Vital statistics of India. Vol. VI, European troops 1870-79
Year: 1870
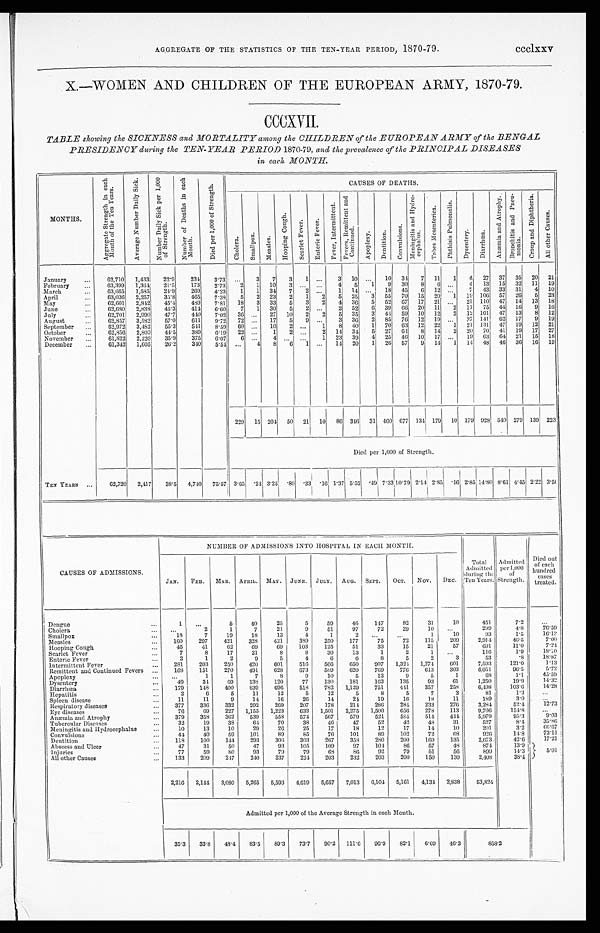
AGGREGATE OF THE STATISTICS OF THE TEN-YEAR PERIOD, 1870-79. ccclxxv
X.—WOMEN AND CHILDREN OF THE EUROPEAN ARMY, 1870-79.
CCCXVII.
TABLE showing the SICKNESS and MORTALITY among the CHILDREN of the EUROPEAN ARMY of the BENGAL
PRESIDENCY during the TEN-YEAR PERIOD 1870-79, and the prevalence of the PRINCIPAL DISEASES
in each MONTH.
MONTHS.
A g g r e g a t e S t r e n g t h i n e a c h M o n t h o f t h e T e n Y e a r s .
A v e r a g e N u m b e r D a i l y S i c k .
N u m b e r D a i l y S i c k p e r 1 , 0 0 0 o f S t r e n g t h .
N u m b e r o f D e a t h s i n e a c h M o n t h .
D i e d p e r 1 , 0 0 0 o f S t r e n g t h .
CAUSES OF DEATHS.
C h o l e r a .
S m a l l p o x . M e a s l e s .
H o o p i n g C o u g h .
S c a r l e t F e v e r .
E n t e r i c F e v e r .
F e v e r , I n t e r m i t t e n t .
F e v e r s , R e m i t t e n t a n d C o n t i n u e d .
A p o p l e x y .
D e n t i t i o n .
C o n v u l s i o n s .
M e n i n g i t i s a n d H y d r o - c e p h a l u s .
T a b e s M e s e n t e r i c a .
P h t h i s i s P u l m o n a l i s .
D y s e n t e r y .
D i a r r h œ a . A n æ m i a a n d A t r o p h y .
B r o n c h i t i s a n d P n e u - m o n i a .
C r o u p a n d D i p h t h e r i a .
A l l o t h e r C a u s e s .
January
...
62,710 1,433 22.9
234 3.73 ...
3 7 3 1 ...
3 10 ... 10 34 7 11 1 4 27 37 35 20 21
February
...
63,399 1,364 21.5
173 2.73 2 1 10 3 ...
. . . 4 5 1 9 3 0 8 6 ... 4 13 15 32 11 19
March
...
63,665 1,585 24.9
269 4.23 1 1 34 7 2 ...
1 14 ... 18 45 6 12 ... 7 43 33 31 4 10
April
...
63,036 2,257 35.8
465 7.38 5 2 23 2 1 2 5 25 3 55 70 15 20 1 19 106 57 26 5 23
May
...
62,601 2,842 45.4
489 7.81 18 3 33 5 3 2 4 36 5 52 67 17 21 ... 21 110 47 14 13 18
June
...
62,680 2,838 45.3
414 6.60 7 1 30 5 2 ...
2 52 6 39 66 20 11 2 11 75 44 16
9 16
July
...
62,701 2,990 47.7
440 7.02 36 ... 27 10 2 2 5 35 3 44 59 10 12 2 12 101 47 13 8 12
August
. . . 62,857 3,582 57.0
611 9.72 72 ... 17 5 9 ...
3 36 2 85 76 12 19 ... 27 141 62 17 9 19
September
. . . 62,972 3,482 55.3
541 8.59 60 ... 10 2 ...
1 8 40 1 70 63 12 22 1 21 131 47 19 12 21
October
...
62,856 2,800 44.5
389 6.19 22 ...
1 2 ...
2 14 34 5 27 64 8 14 2 20 70 41 19 17 27
November ...
61,822 2,220 35.9
375 6.07 6 ...
4 ...
. . . 1 23 39 4 25 46 10 17 ... 19 63 64
2 1 15 18
December ...
61,342 1,605 26.2
340 5.54 ...
4 8 6 1 ... 14 20 1 26 57
9 14 1 14 48
46
3 6 1 6 19
229 15 204 50 21 10 86 346 31 460 677 134 179 10 179 928 540 279 139 223
Died per 1,000 of Strength.
TEN YEARS ...
62,720 2,417 38.5 4,740 75.57 3.65.24 3.25.80 .33.16 1.37 5.52.49
7 . 3 3 10.79 2.14 2.85 .16
2 . 8 5
14.80 8. 61 4.45 2.22 3.5
NUMBER OF ADMISSIONS INTO HOSPITAL IN EACH MONTH.
Total
Admitted
duri ng t he Ten Years. A d m i t t e d
p e r 1 , 0 0 0
o f
Strength.
Died out
of
each hundred
cases
treated.
CAUSES OF ADMISSIONS.
JAN. FEB. MAR. APRIL. MAY. JUNE. JULY. AUG. SEPT. OCT. NOV. DEC.
Dengue
...
1 . . .
5
40
25
5
59
46 147
82
31
10
451
7.2
...
Cholera
... ...
2
1
7
21
9
51
97
72
29
10 ...
299
4.8
76.59
Smallpox
...
18
7
19
18
13
4
1
2
. . . ...
1
10
93
1.5
1 6 . 1 3
Measles
. . . 160
297
421
328
421
389
250
177
75
72
115 209
2,914
46.5
7.00
Hooping Cough
...
45
41
62
69
69
103
125
51
33
15
21
57
691
11.0
7. 24
Scarlet Fever
...
7
8
17
21
8
8
30
13
1
2
1 ...
116
1.9
18.10
Enteric Fever
...
2
1
2
9
5
4
6
6
8
5
2
3
53
. 8
18.87
Intermittent Fever
...
281 203
250 420
601
516 566 650
907 1,324 1,274 601
7,593
121.0
1.13
Remittent and Continued Fevers ...
168
151
270
491
628
673
589
620
769
776
613 303
6,051
96.5
5.72
Apoplexy
... ...
1
1
7
8
9
10
5
12
9
5
1
68
1.1
45.59
Dysentery
...
49
34 69
138
120
77
130
181
163
135
93
61
1,250
19.9
14.32
Diarrhœa
...
179 148
400 839 696 518
782 1,129 751
441
357
258
6,498
103.6
14. 28
Hepatitis
...
2
6
5
11
12
5
12
5
8
5
7
3
81
1.3
...
Spleen disease
...
11
11
9
14
16
26
14
24
19
16
18
11
189
3.0
...
Respiratory diseases
...
377
336
332
292
269 207
178
214
286
284
233
276
3,284
52.4
12.73
Eye diseases
...
76
69
227 1,155 1,223
633 1,501 2,275 1,500
656
278
113
9,706
154.8
...
Anæmia and Atrophy
. . . 379
358 362 539
558 574
567
579
521
584
514 444
5,979
95.3
9.03
Tubercular Diseases
. . .
32
19
38
64
70
38
46
47
52
42
48
31
527
8.4
35.86
Meningitis and Hydrocephalus
...
10
13
10
29
26
25
17
18
12
17
14
10
201
3.2
66.67
Convulsions
...
44
40
59
101
89
85
76
101
89
102
72
08
926
14.8
7 3 . 1 1
Dentition
...
118
100
144 293
306
303
267
358
280
200
169
135
2,673
42.6
17.21
Abscess and Ulcer
. . .
47
31
50
47
93
105
109
97
104
86
57
48
874
13.9
Injuries
...
77
59
80
93
79
79
68
86
92
79
51
56
899
14.3
5.01
All other Causes
...
133
209
247 240
237
224 203
232
203
200
150
130
2,408
38.4
2,216 2,144 3,080 5,265 5,593 4,619 5,657 7,013 6,104 5,161 4,134 2,838
53,824
Admitted per 1,000 of the Average Strength in each Month.
35.3 33.8 48.4 83.5 89.3 73.7 90.2 111.6 96.9
82.1 6.69 46.3
858.2